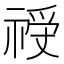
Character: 𱵝